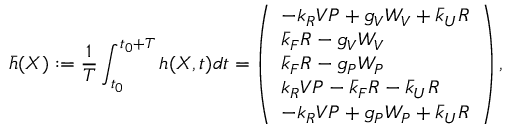
\bar { h } ( \boldsymbol { X } ) : = \frac { 1 } { T } \int _ { t _ { 0 } } ^ { t _ { 0 } + T } h ( \boldsymbol { X } , t ) d t = \left( \begin{array} { l } { - k _ { R } V P + g _ { V } W _ { V } + \bar { k } _ { U } R } \\ { \bar { k } _ { F } R - g _ { V } W _ { V } } \\ { \bar { k } _ { F } R - g _ { P } W _ { P } } \\ { k _ { R } V P - \bar { k } _ { F } R - \bar { k } _ { U } R } \\ { - k _ { R } V P + g _ { P } W _ { P } + \bar { k } _ { U } R } \end{array} \right) ,